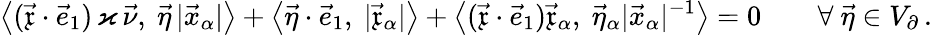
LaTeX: \big\langle(\vec{\mathfrak{x}}\cdot\vec{e}_{1})\, \varkappa\, \vec{\nu},~\vec{\eta}\, |\vec{x}_{\alpha}|\big\rangle+\big\langle\vec{\eta}\cdot\vec{e}_{1},~|\vec{\mathfrak{x}}_{\alpha}|\big\rangle+\big\langle(\vec{\mathfrak{x}}\cdot\vec{e}_{1})\vec{\mathfrak{x}}_{\alpha},~\vec{\eta}_{\alpha}|\vec{x}_{\alpha}|^{-1}\big\rangle=0\qquad\forall\ \vec{\eta}\in V_{\partial}\, .